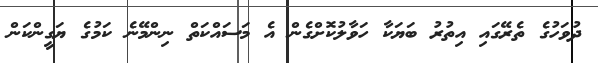
ދުވަހުގެ ތެރޭގައި އިތުރު ބަޔަކާ ހަވާލުކޮށްގެން އެ މަސައްކަތް ނިންމޭނެ ކަމުގެ ޔަގީންކަން